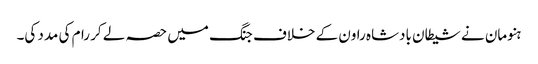
ہنومان نے شیطان بادشاہ راون کے خلاف جنگ میں حصہ لے کر رام کی مدد کی۔